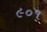
૯૦૧